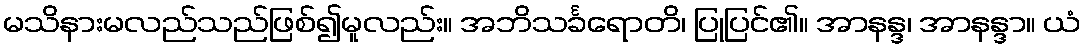
မသိနားမလည်သည်ဖြစ်၍မူလည်း။ အဘိသင်္ခရောတိ၊ ပြုပြင်၏။ အာနန္ဒ၊ အာနန္ဒာ။ ယံ